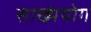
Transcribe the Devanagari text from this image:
साख्यंयोग